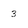
Character: 3